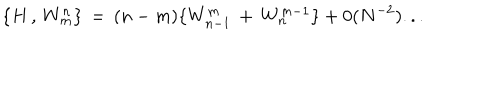
\{ H \, , \, W _ { m } ^ { n } \} \, = \, ( n - m ) \{ W _ { n - 1 } ^ { m } \, + \, W _ { n } ^ { m - 1 } \} + 0 ( N ^ { - 2 } ) . . .